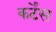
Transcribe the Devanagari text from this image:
कर्टेंस